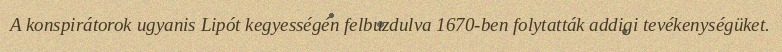
A konspirátorok ugyanis Lipót kegyességén felbuzdulva 1670-ben folytatták addigi tevékenységüket.